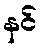
နင်